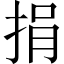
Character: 捐